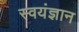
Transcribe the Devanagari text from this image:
स्वयंज्ञान